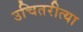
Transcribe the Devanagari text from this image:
उचितरीत्या